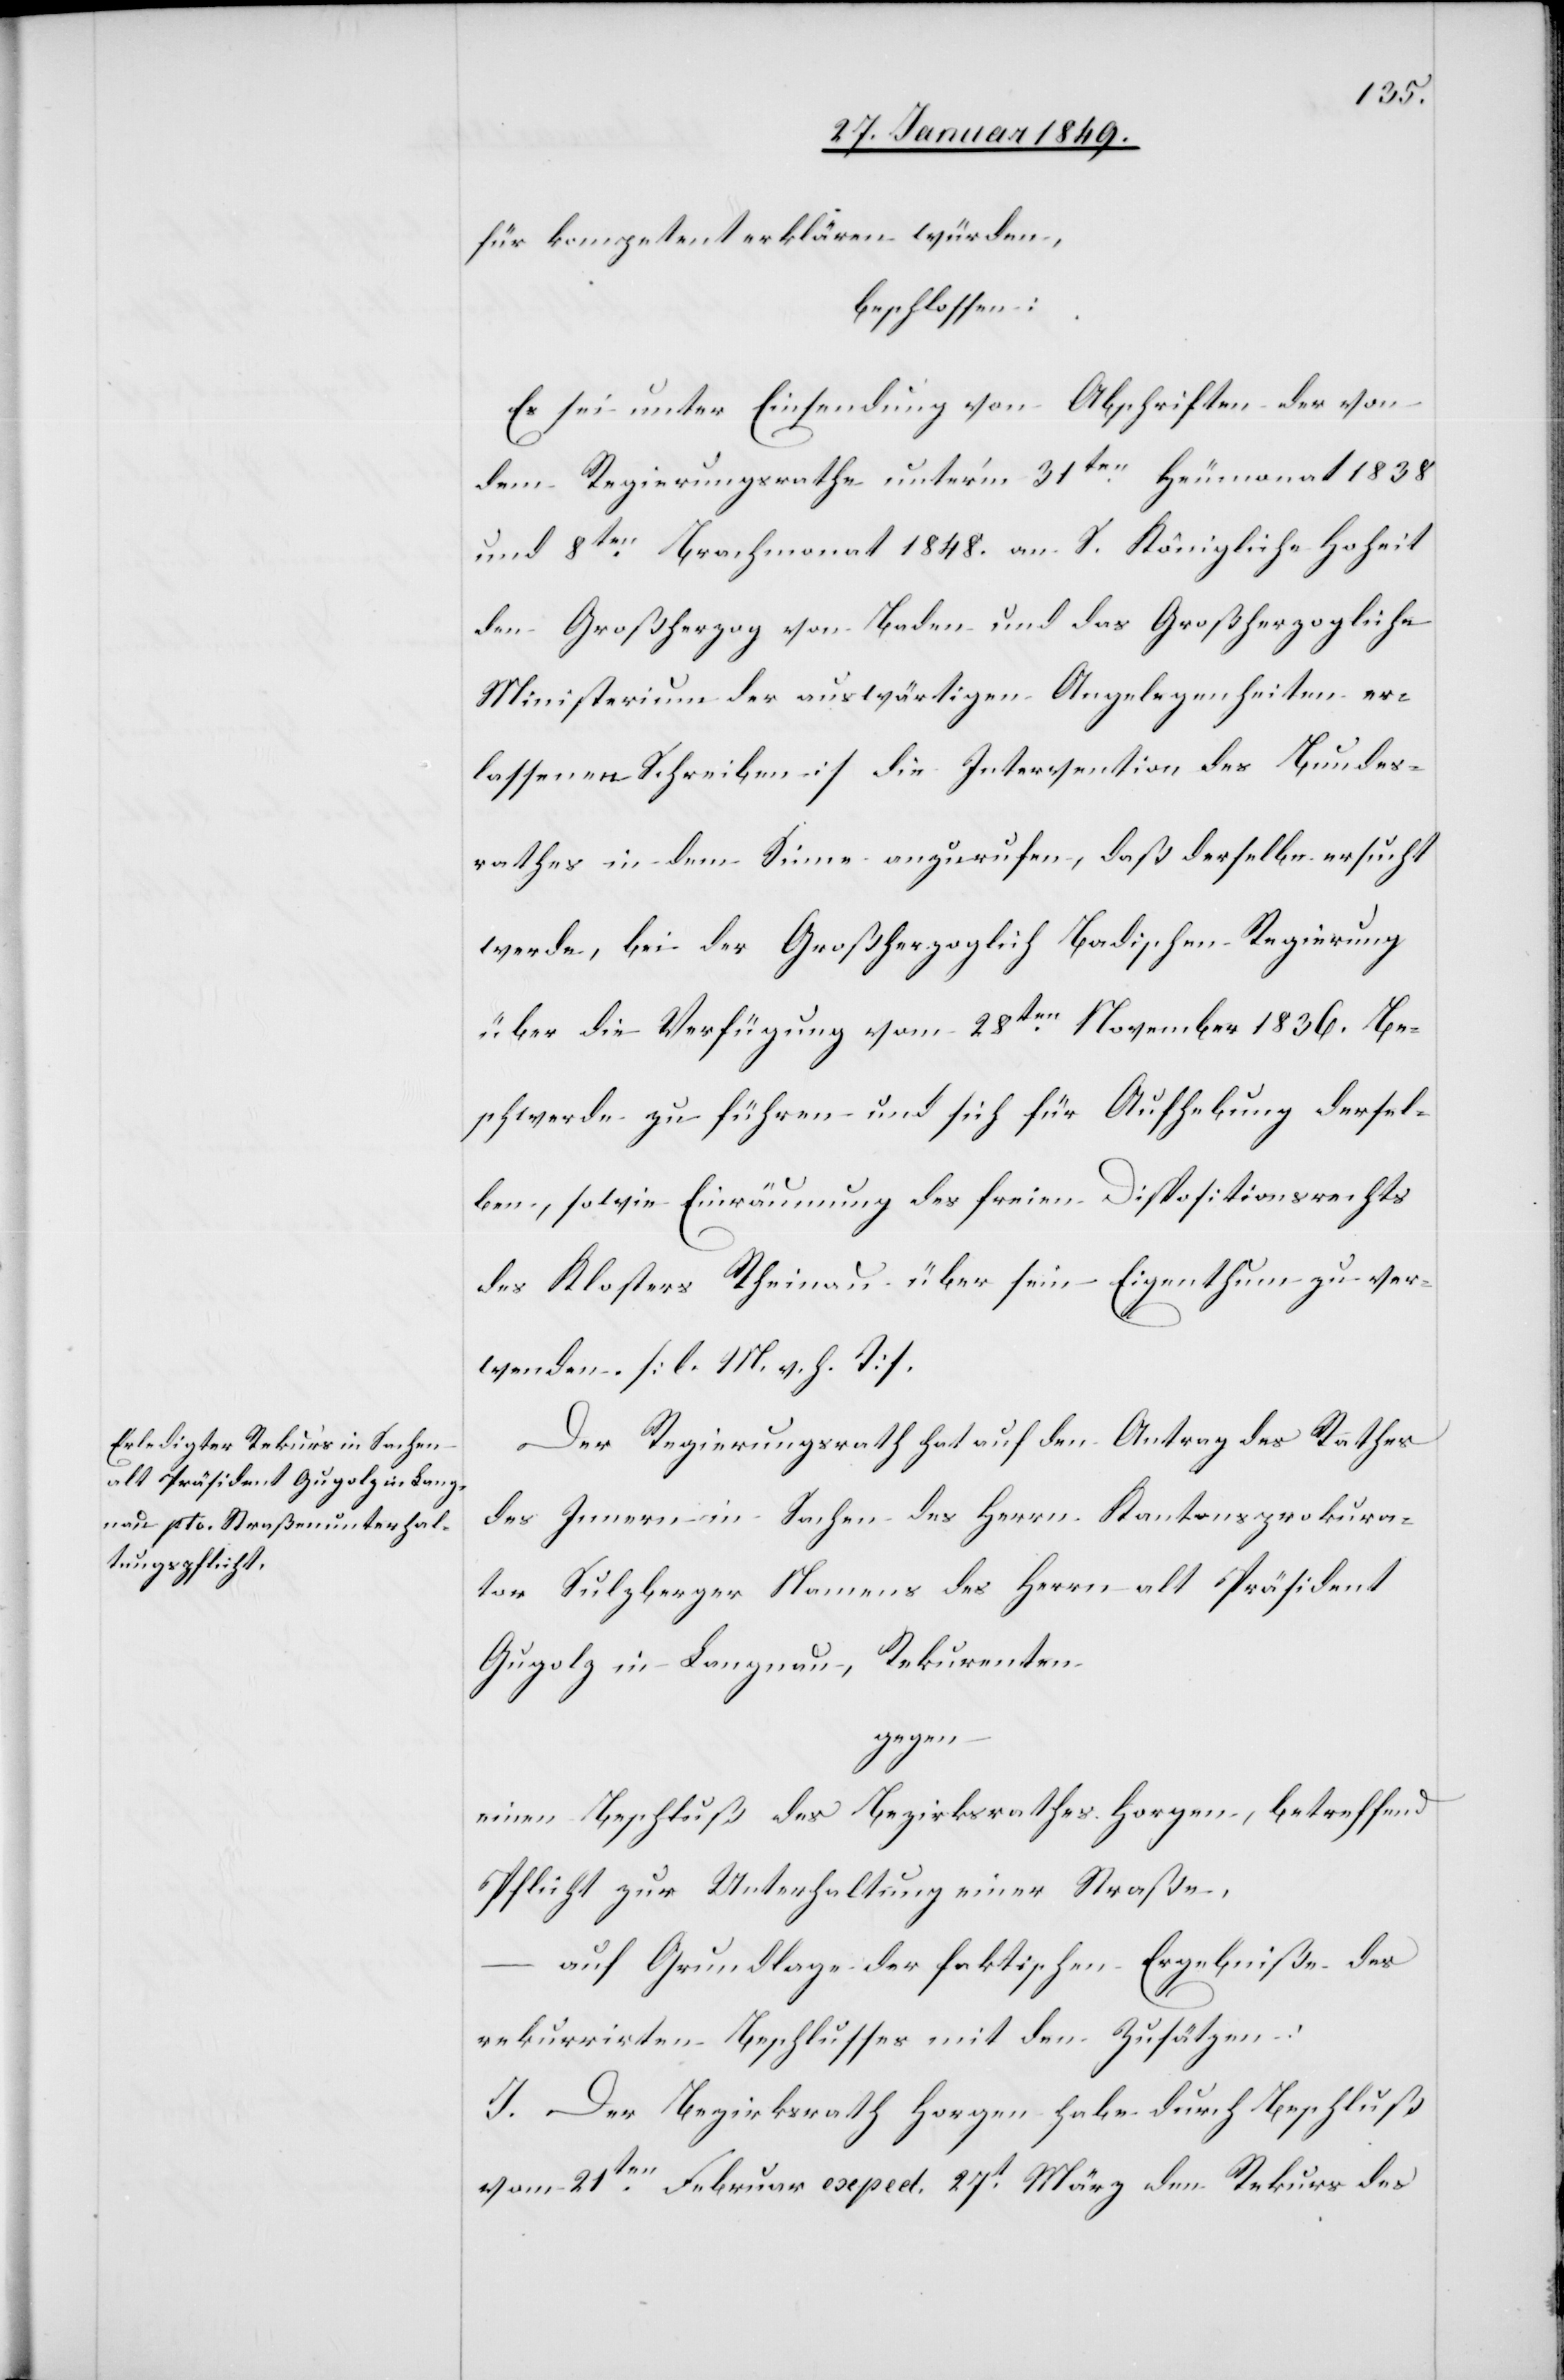
für kompetent erklären würden,
beschlossen:
Es sei []unter Einsendung von Abschriften der von
dem Regierungsrathe unter’m 31ten. Heumonat 1838
und 8ten. Brachmonat 1848. an S. Königliche Hoheit
den Großherzog von Baden und das Großherzogliche
Ministerium der auswärtigen Angelegenheiten er¬
lassenen Schreiben] die Intervention des Bundes¬
rathes in dem Sinne anzurufen, daß derselbe ersucht
werde, bei der Großherzoglich Badischen Regierung
über die Verfügung vom 28ten. November 1836. Be¬
schwerde zu führen und sich für Aufhebung dersel¬
ben, sowie Einräumung des freien Dispositionsrechts
des Klosters Rheinau über sein Eigenthum zu ver¬
wenden. [l. M. v. h. T].
Der Regierungsrath hat auf den Antrag des Rathes
des Innern in Sachen des Herrn Kantonsprokura¬
tor Sulzberger Namens des Herrn alt Präsident
Gugolz in Langnau, Rekurenten
gegen
einen Beschluß des Bezirksrathes Horgen, betreffend
Pflicht zur Unterhaltung einer Straße,
– auf Grundlage der faktischen Ergebniße des
rekurrirten Beschlusses mit den Zusätzen:
J. Der Bezirksrath Horgen habe durch Beschluß
vom 21ten. Februar exped. 27t. März den Rekurs des